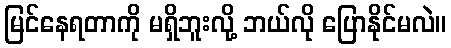
မြင်နေရတာကို မရှိဘူးလို့ ဘယ်လို ပြောနိုင်မလဲ။